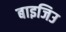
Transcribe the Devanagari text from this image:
बाइजिउ